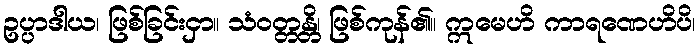
ဥပ္ပာဒါယ၊ ဖြစ်ခြင်းငှာ။ သံဝတ္တန္တိ၊ ဖြစ်ကုန်၏။ ဣမေဟိ ကာရဏေဟိပိ၊